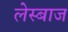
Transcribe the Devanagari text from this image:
लेस्बाज